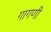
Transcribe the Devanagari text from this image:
गागणी